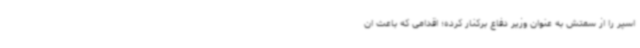
اسپر را از سمتش به عنوان وزیر دفاع برکنار کرده؛ اقدامی که باعث ان